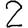
Digit: 2